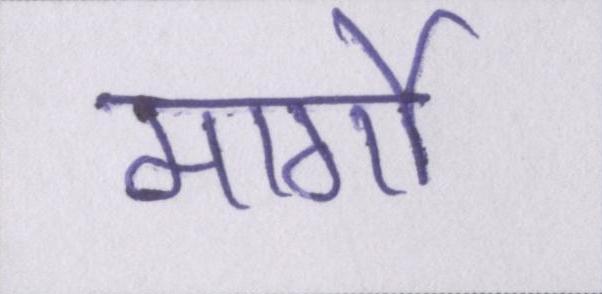
मार्गो